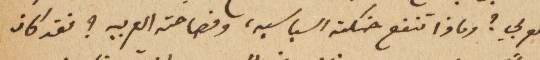
العربي؟ وماذا تنفع حنكته السياسيه، وفصاحته العربيه؟ فقد كان